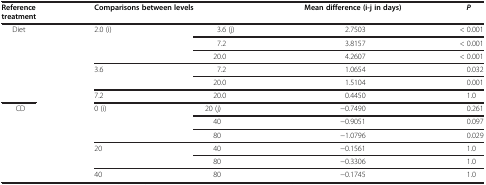
<table><thead><tr><td><b>Reference treatment</b></td><td colspan="2"><b>Comparisons between levels</b></td><td><b>Mean difference (i-j in days)</b></td><td><b><i>P</i></b></td></tr></thead><tbody><tr><td rowspan="6">Diet</td><td rowspan="3">2.0 (i)</td><td>3.6 (j)</td><td>2.7503</td><td>&lt; 0.001</td></tr><tr><td>7.2</td><td>3.8157</td><td>&lt; 0.001</td></tr><tr><td>20.0</td><td>4.2607</td><td>&lt; 0.001</td></tr><tr><td rowspan="2">3.6</td><td>7.2</td><td>1.0654</td><td>0.032</td></tr><tr><td>20.0</td><td>1.5104</td><td>0.001</td></tr><tr><td>7.2</td><td>20.0</td><td>0.4450</td><td>1.0</td></tr><tr><td rowspan="6">CD</td><td rowspan="3">0 (i)</td><td>20 (j)</td><td>−0.7490</td><td>0.261</td></tr><tr><td>40</td><td>−0.9051</td><td>0.097</td></tr><tr><td>80</td><td>−1.0796</td><td>0.029</td></tr><tr><td rowspan="2">20</td><td>40</td><td>−0.1561</td><td>1.0</td></tr><tr><td>80</td><td>−0.3306</td><td>1.0</td></tr><tr><td>40</td><td>80</td><td>−0.1745</td><td>1.0</td></tr></tbody></table>